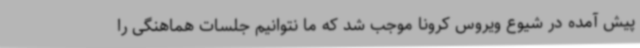
پیش آمده در شیوع ویروس کرونا موجب شد که ما نتوانیم جلسات هماهنگی را